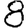
Digit: 8